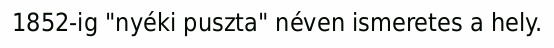
1852-ig "nyéki puszta" néven ismeretes a hely.